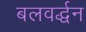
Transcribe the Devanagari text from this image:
बलवर्द्धन